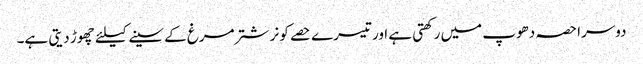
دوسرا حصہ دھوپ میں رکھتی ہے اور تیسرے حصے کو نر شتر مرغ کے سینے کیلئے چھوڑ دیتی ہے۔